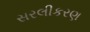
સરલીકરણ